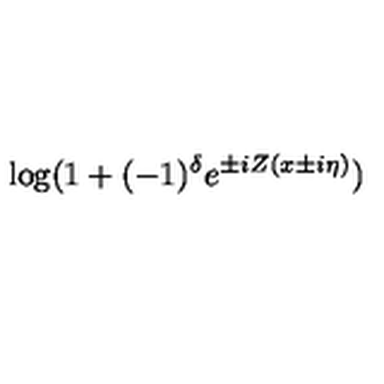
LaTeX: \log ( 1 + ( - 1 ) ^ { \delta } e ^ { \pm i Z ( x \pm i \eta ) } )